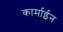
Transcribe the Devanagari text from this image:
कार्माईन